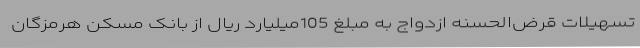
تسهیلات قرض‌الحسنه ازدواج به مبلغ 105میلیارد ریال از بانک مسکن هرمزگان